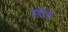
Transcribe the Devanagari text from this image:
साँइ